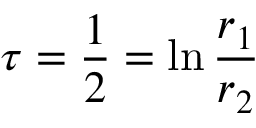
\tau = \frac { 1 } { 2 } = \ln \frac { r _ { 1 } } { r _ { 2 } }